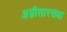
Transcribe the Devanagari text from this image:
अग्नीसारख्या